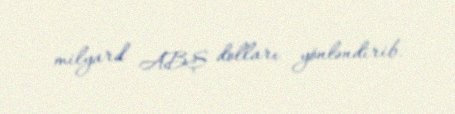
milyard ABŞ dolları yönləndirib.